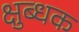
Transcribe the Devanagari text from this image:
क्षुब्धक